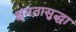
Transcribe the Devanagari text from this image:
क्षमतासुद्धा